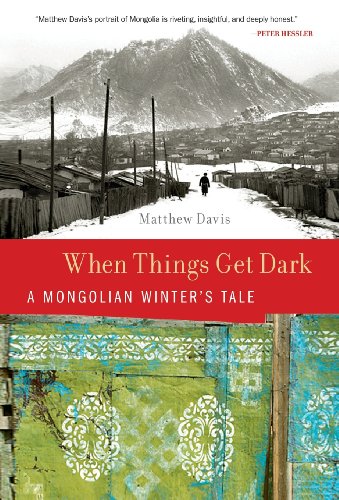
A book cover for When Things Get Dark: A Mongolian Winter's Tale; Matthew Davis; Travel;